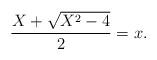
LaTeX: \begin{align*}\frac{X+\sqrt{X^2-4}}{2}=x.\end{align*}